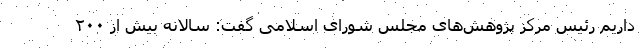
داریم رئیس مرکز پژوهش‌های مجلس شورای اسلامی گفت: سالانه بیش از ۲۰۰